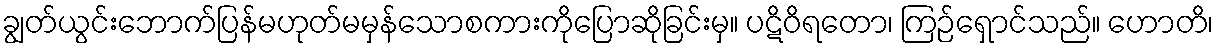
ချွတ်ယွင်းဘောက်ပြန်မဟုတ်မမှန်သောစကားကိုပြောဆိုခြင်းမှ။ ပဋိဝိရတော၊ ကြဉ်ရှောင်သည်။ ဟောတိ၊